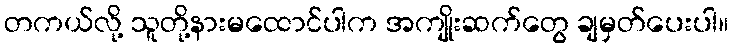
တကယ်လို့ သူတို့နားမထောင်ပါက အကျိုးဆက်တွေ ချမှတ်ပေးပါ။